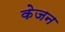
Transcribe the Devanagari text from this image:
केजन